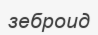
зеброид